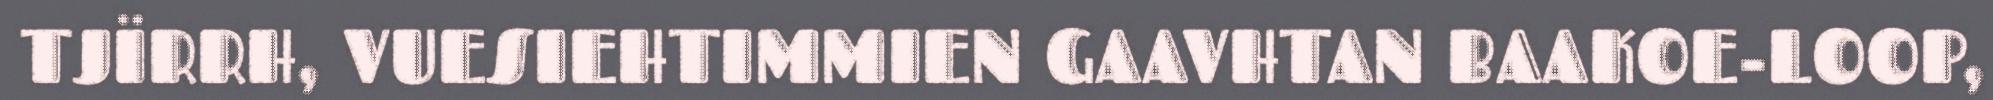
TJÏRRH, VUESIEHTIMMIEN GAAVHTAN BAAKOE-LOOP,